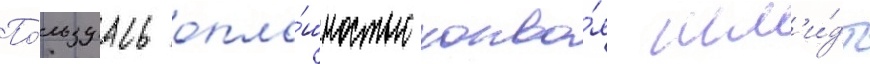
По́льзуась опло́шностью конво́я шм'и́дт